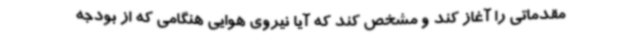
مقدماتی را آغاز کند و مشخص کند که آیا نیروی هوایی هنگامی که از بودجه